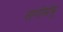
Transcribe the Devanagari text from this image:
नागोमोमू